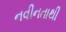
નવીનતાથી